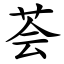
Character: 荟